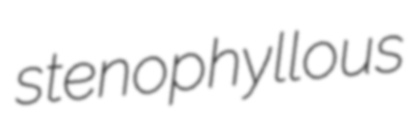
stenophyllous